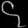
Digit: ၄